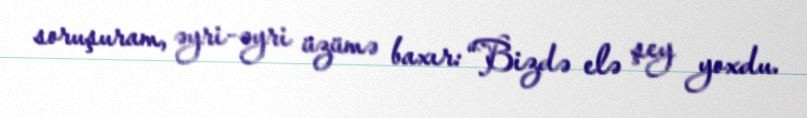
soruşuram, əyri-əyri üzümə baxır: “Bizdə elə şey yoxdu.